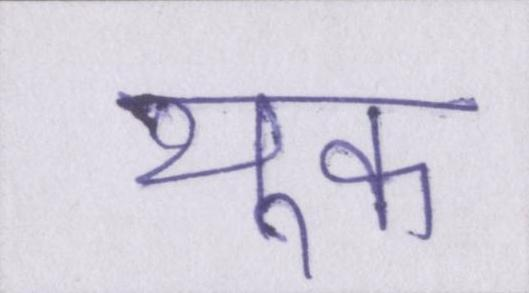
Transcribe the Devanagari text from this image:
थूक